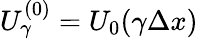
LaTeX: U_{\gamma}^{(0)}=U_{0}(\gamma\Delta{}x)